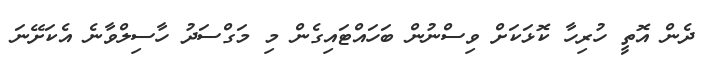
ދެން އޮތީ ހުރިހާ ކޮޅަކަށް ވިސްނުން ބަހައްޓައިގެން މި މަގްސަދު ހާސިލްވާނެ އެކަށޭނަ